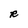
Character: R